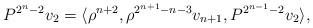
LaTeX: \begin{align*}P^{2^n-2} v_2 = \langle \rho^{n+2}, \rho^{2^{n+1} - n - 3} v_{n+1},P^{2^{n-1} - 2} v_2 \rangle,\end{align*}